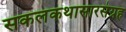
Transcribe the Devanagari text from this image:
सकलकथासारसंग्रह